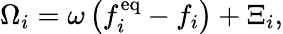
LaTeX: \Omega_{i}=\omega\left(f_{i}^{\mathrm{eq}}-f_{i}\right)+\Xi_{i},